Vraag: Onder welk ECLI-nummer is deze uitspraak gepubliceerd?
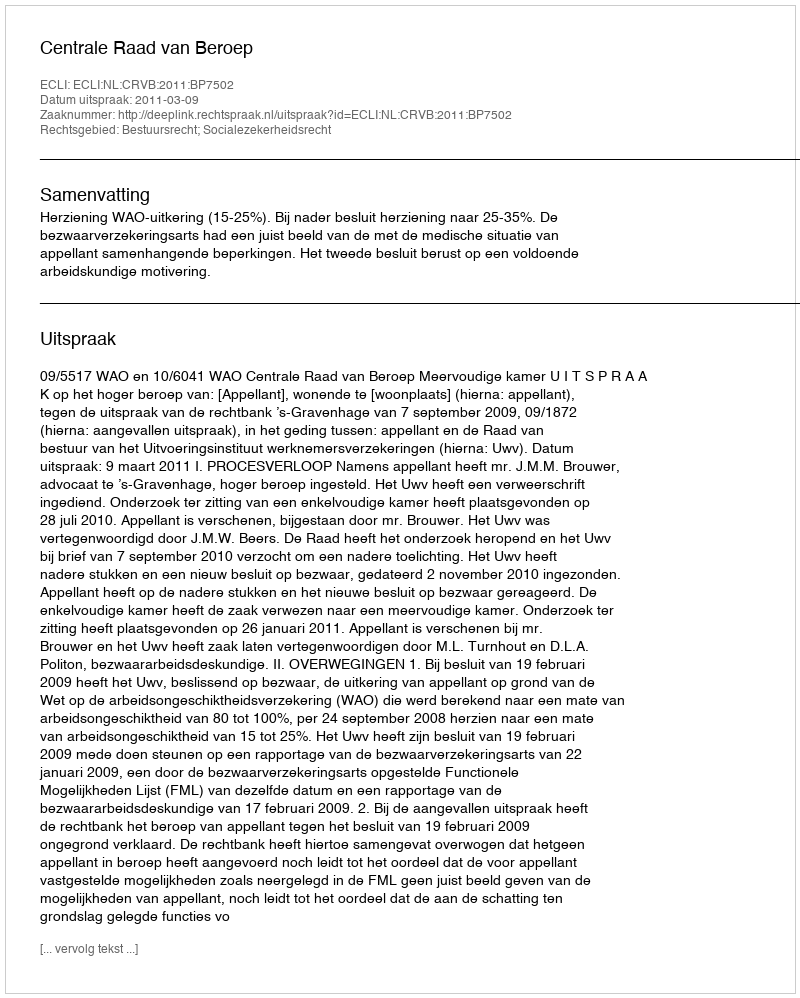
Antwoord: ECLI:NL:CRVB:2011:BP7502